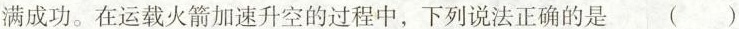
满成功。在运载火箭加速升空的过程中，下列说法正确的是 ( )